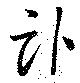
臥